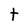
Character: t